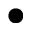
\bullet